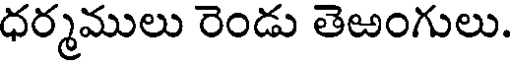
ధర్మములు రెండు తెఱంగులు.